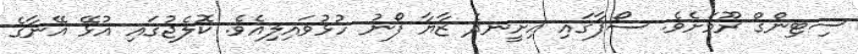
ސިޓިންގް ރޫމަށެވެ. ސޯފާގައި އިށީނދެ ޒާޔާ ފޯނު ހުޅުވައިލިއެވެ. ކޮލެޖުގައި އުޅޭ އޭނާގެ